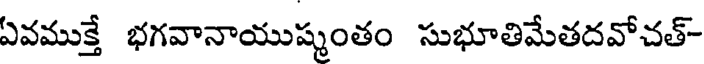
ఏవముక్తే భగవానాయుష్మంతం సుభూతిమేతదవోచత్-